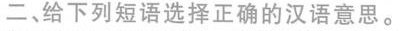
二、给下列短语选择正确的汉语意思。